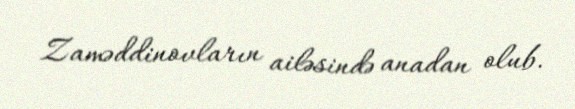
Zaməddinovların ailəsində anadan olub.